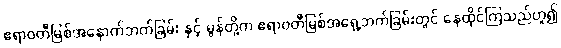
ဧရာဝတီမြစ်အနောက်ဘက်ခြမ်း နှင့် မွန်တို့က ဧရာဝတီမြစ်အရှေ့ဘက်ခြမ်းတွင် နေထိုင်ကြသည်ဟူ၍